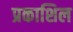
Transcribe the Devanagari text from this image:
प्रकाशिल